Tartu_pedagoogiumi_aruanded, lk 15
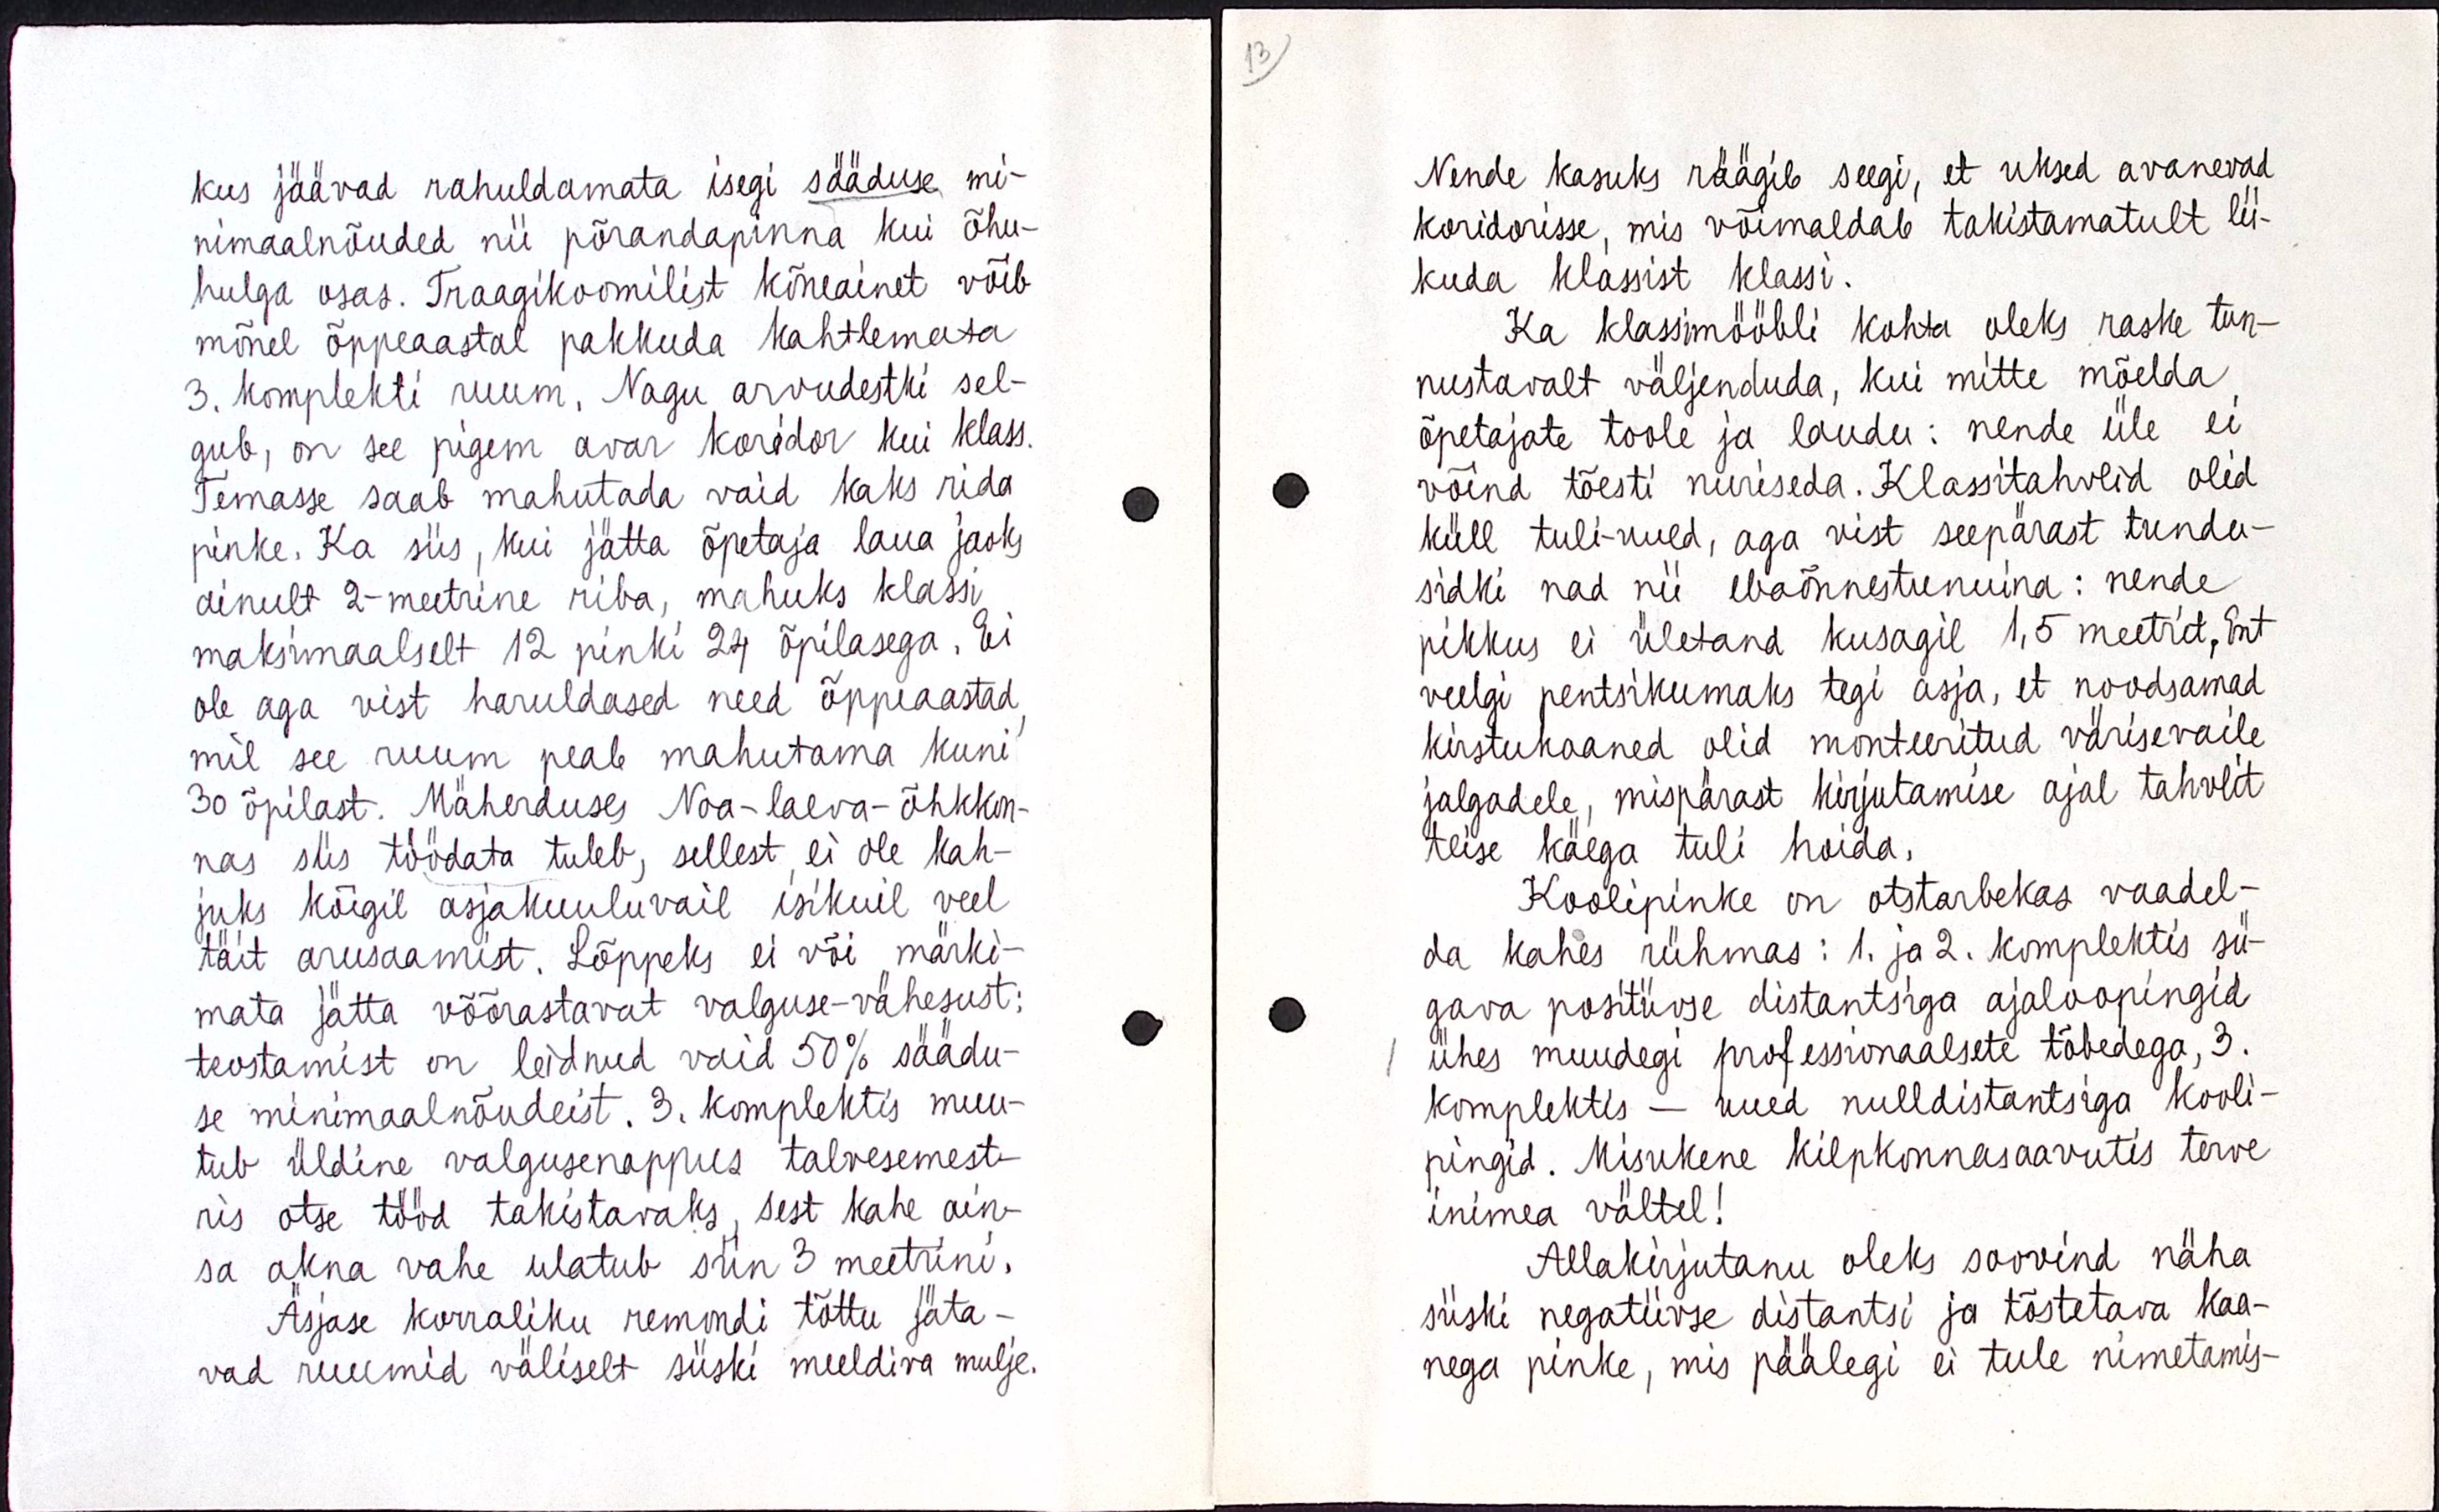
kus jäävad rahuldamata isegi sääduse mi-
nimaalnõuded nii põrandapinna kui õhu-
hulga osas. Traagikoomilist kõneainet võib
mõnel õppeaastal pakkuda kahtlemata
3. komplekti ruum. Nagu arvudestki sel-
gub, on see pigem avar koridor kui klass.
Temasse saab mahutada vaid kaks rida
pinke. Ka siis, kui jätta õpetaja laua jaoks
ainult 2-meetrine riba, mahuks klassi
maksimaalselt 12 pinki 24 õpilasega. Ei
ole aga vist haruldased need õppeaastad
mil see ruum peale mahutama kuni
30 õpilast. Mäherduses Noa-laeva-õhkkon-
nas siis töödata tuleb, sellest ei ole kah-
juks kõigil asjakuuluvail isikuil veel
täit arusaamist. Lõppeks ei või märki-
mata jätta võõrastavat valguse-vähesust:
teostamist on leidnud vaid 50% säädu-
se minimaalnõudeist. 3. komplektis muu-
tub üldine valgusenappus talvesemest-
tris otse tööd takistavaks sest kahe ain-
sa akna vahe ulatub siin 3 meetrini.
Äsjase korraliku remondi tõttu jäta-
vad ruumid väliselt siiski meeldiva mulje.

Nende kasuks räägib seegi, et uksed avanevad
koridorisse, mis võimaldab takistamatult lii-
kuda klassist klassi.
Ka klassimööbli kohta oleks raske tun-
nustavalt väljenduda, kui mitte mõelda
õpetajate toole ja laudu : nende üle ei 
võind tõesti nuriseda. Klassitahvlid olid
küll tuli-uued, aga vist seepärast tundu-
sidki nad nii ebaõnnestunuina : nende
pikkus ei ületanud kusagil 1.5 meetrit. Ent
veelgi pentsikumaks tegi asja, et noodsamad
kirstukaaned olid monteeritud värvisevaile
jalgadele, mispärast kirjutamise ajal tahvlit
teise käega tuli hoida.
Koolipinke on otstarbekas vaadel-
da kahes rühmas : 1. ja 2. komplektis sü-
gava positiivse distantsiga ajaloopingid
üheks muudegi professionaalsete tõbedega, 3. 
komplektis - uued nulldistantsiga kooli-
pingid. Misukune kilpkonnasaavutis terve 
inimea vältel!
Allakirjutanu oleks soovind näha
siiski negatiivse distantsi ja tõstetava kaa-
nega pinke, mis päälegi ei tule nimetamis-